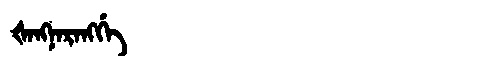
Manchu: ᡧᠠᠩᠨᠠᡵᠠᠩᡤᡝ
Romanization: ŠANGNARANGGE